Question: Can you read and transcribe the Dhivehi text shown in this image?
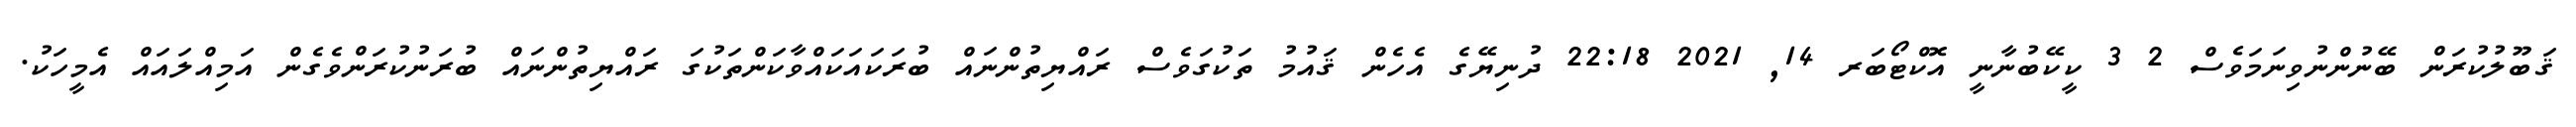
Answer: ޤަބޫލުކުރަން ބޭނުންނުވިނަމަވެސް 2 3 ކީކޭބުނާނީ އޮކްޓޯބަރ 14, 2021 22:18 ދުނިޔޭގެ އެހެން ޤައުމު ތަކުގަވެސް ރައްޔިތުންނައް ބުރަކައަކައްވާކަންތަކުގަ ރައްޔިތުންނައް ބުރަނުކުރަންވެގެން އަމިއްލައައް އެމީހަކު.